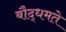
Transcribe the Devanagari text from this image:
बौद्धमते